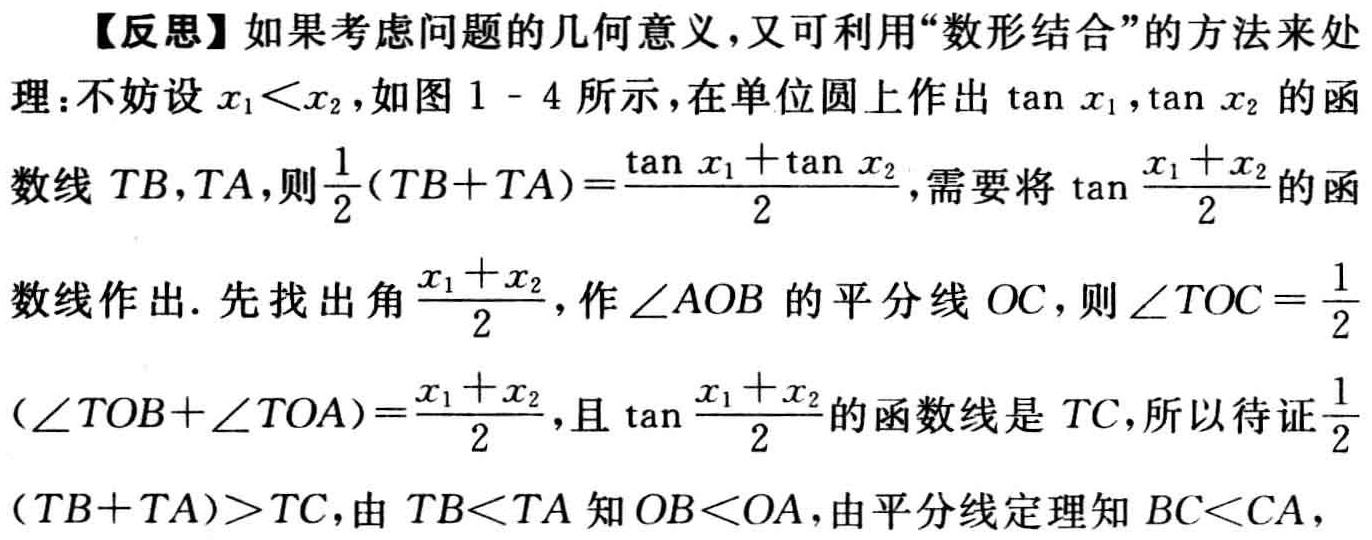
【反思】如果考虑问题的几何意义，又可利用“数形结合”的方法来处理：不妨设\(x_{1}<x_{2}\)，如图 \(1 - 4\)所示，在单位圆上作出\(\tan x_{1},\tan x_{2}\)的函数线\(TB,TA\)，则\(\frac{1}{2}(TB + TA)=\frac{\tan x_{1}+\tan x_{2}}{2}\)，需要将\(\tan\frac{x_{1}+x_{2}}{2}\)的函数线作出. 先找出角\(\frac{x_{1}+x_{2}}{2}\)，作\(\angle AOB\)的平分线\(OC\)，则\(\angle TOC=\frac{1}{2}(\angle TOB+\angle TOA)=\frac{x_{1}+x_{2}}{2}\)，且\(\tan\frac{x_{1}+x_{2}}{2}\)的函数线是\(TC\)，所以待证\(\frac{1}{2}(TB + TA)>TC\)，由\(TB<TA\)知\(OB<OA\)，由平分线定理知\(BC<CA\)，